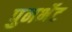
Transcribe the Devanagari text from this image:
पुनर्भेट